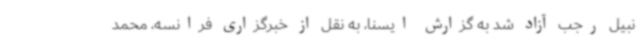
نبیل رجب آزاد شد به گزارش ایسنا، به نقل از خبرگزاری فرانسه، محمد